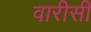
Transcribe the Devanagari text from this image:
वारीसी